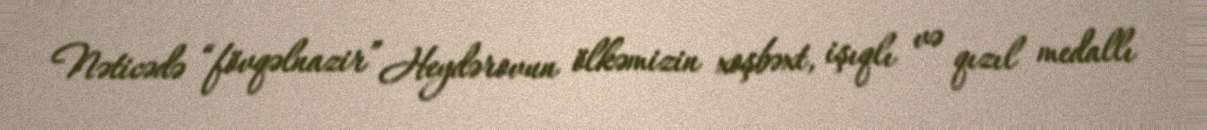
Nəticədə “fövqəlnazir” Heydərovun ölkəmizin xoşbəxt, işıqlı və qızıl medallı